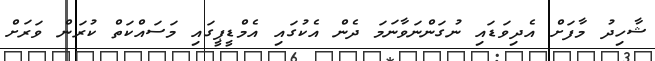
ޝާހިދު މާފަށް އެދިވަޑައި ނުގަންނަވާނަމަ ދެން އެކުގައި އެމްޑީޕީގައި މަސައްކަތް ކުރަން ވަރަށް